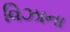
વિઝાના